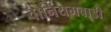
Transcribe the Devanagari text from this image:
वानियमबाडी